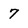
Character: 7